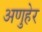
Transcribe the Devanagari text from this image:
अणुहेर